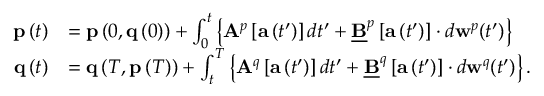
\begin{array} { r l } { \mathbf { p } \left( t \right) } & { = \mathbf { p } \left( 0 , \mathbf { q } \left( 0 \right) \right) + \int _ { 0 } ^ { t } \left\{ \mathbf { A } ^ { p } \left[ \mathbf { a } \left( t ^ { \prime } \right) \right] d t ^ { \prime } + \underline { { \mathbf { B } } } ^ { p } \left[ \mathbf { a } \left( t ^ { \prime } \right) \right] \cdot d \mathbf { w } ^ { p } ( t ^ { \prime } ) \right\} } \\ { \mathbf { q } \left( t \right) } & { = \mathbf { q } \left( T , \mathbf { p } \left( T \right) \right) + \int _ { t } ^ { T } \left\{ \mathbf { A } ^ { q } \left[ \mathbf { a } \left( t ^ { \prime } \right) \right] d t ^ { \prime } + \underline { { \mathbf { B } } } ^ { q } \left[ \mathbf { a } \left( t ^ { \prime } \right) \right] \cdot d \mathbf { w } ^ { q } ( t ^ { \prime } ) \right\} . } \end{array}